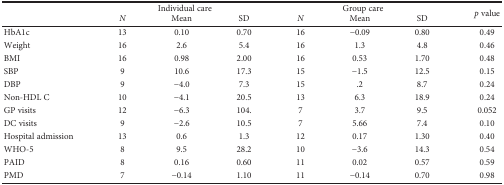
<table><thead><tr><td></td><td colspan="3"><b>Individual care</b></td><td colspan="3"><b>Group care</b></td><td rowspan="2"><b><i>p</i> value</b></td></tr><tr><td></td><td><b><i>N</i></b></td><td><b>Mean</b></td><td><b>SD</b></td><td><b><i>N</i></b></td><td><b>Mean</b></td><td><b>SD</b></td></tr></thead><tbody><tr><td>HbA1c</td><td>13</td><td>0.10</td><td>0.70</td><td>16</td><td>−0.09</td><td>0.80</td><td>0.49</td></tr><tr><td>Weight</td><td>16</td><td>2.6</td><td>5.4</td><td>16</td><td>1.3</td><td>4.8</td><td>0.46</td></tr><tr><td>BMI</td><td>16</td><td>0.98</td><td>2.00</td><td>16</td><td>0.53</td><td>1.70</td><td>0.48</td></tr><tr><td>SBP</td><td>9</td><td>10.6</td><td>17.3</td><td>15</td><td>−1.5</td><td>12.5</td><td>0.15</td></tr><tr><td>DBP</td><td>9</td><td>−4.0</td><td>7.3</td><td>15</td><td>.2</td><td>8.7</td><td>0.24</td></tr><tr><td>Non-HDL C</td><td>10</td><td>−4.1</td><td>20.5</td><td>13</td><td>6.3</td><td>18.9</td><td>0.24</td></tr><tr><td>GP visits</td><td>12</td><td>−6.3</td><td>104.</td><td>7</td><td>3.7</td><td>9.5</td><td>0.052</td></tr><tr><td>DC visits</td><td>9</td><td>−2.6</td><td>10.5</td><td>7</td><td>5.66</td><td>7.4</td><td>0.10</td></tr><tr><td>Hospital admission</td><td>13</td><td>0.6</td><td>1.3</td><td>12</td><td>0.17</td><td>1.30</td><td>0.40</td></tr><tr><td>WHO-5</td><td>8</td><td>9.5</td><td>28.2</td><td>10</td><td>−3.6</td><td>14.3</td><td>0.54</td></tr><tr><td>PAID</td><td>8</td><td>0.16</td><td>0.60</td><td>11</td><td>0.02</td><td>0.57</td><td>0.59</td></tr><tr><td>PMD</td><td>7</td><td>−0.14</td><td>1.10</td><td>11</td><td>−0.14</td><td>0.70</td><td>0.98</td></tr></tbody></table>